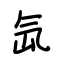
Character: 氙